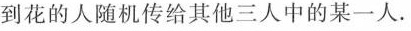
到花的人随机传给其他三人中的某一人.